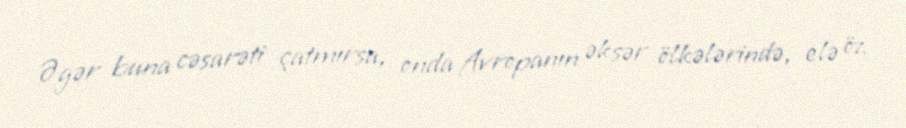
Əgər buna cəsarəti çatmırsa, onda Avropanın əksər ölkələrində, elə öz